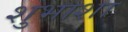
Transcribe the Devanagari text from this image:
शुभाशा